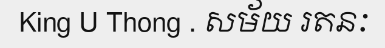
King U Thong . សម័យ រតនៈ